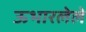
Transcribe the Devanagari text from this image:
ऊभारलेले